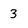
Character: 3